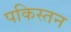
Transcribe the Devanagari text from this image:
पकिस्तन